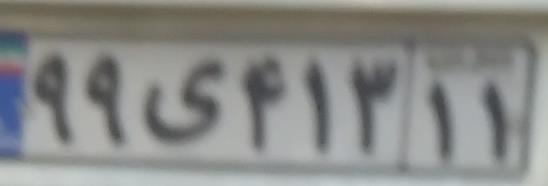
۹۹ی۴۱۳۱۱